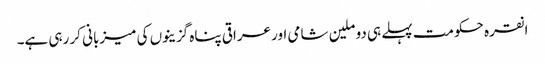
انقرہ حکومت پہلے ہی دو ملین شامی اور عراقی پناہ گزینوں کی میزبانی کر رہی ہے۔